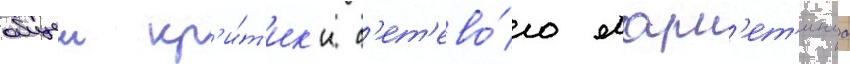
общеи кр'и́т'ик'и с'ет'ево́го марк'ет'инга